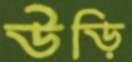
উড়ি